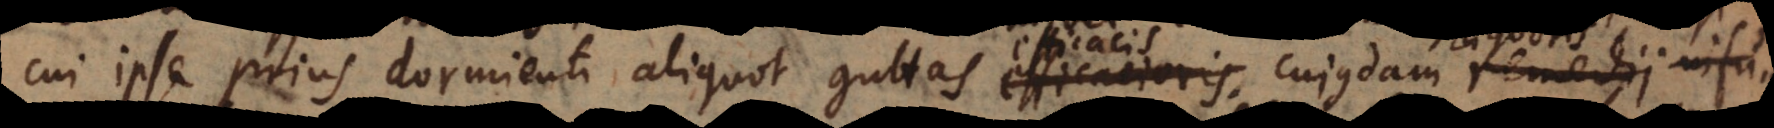
cui ipse prius dormienti aliquot guttas efficacioris cujusdam remedii